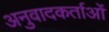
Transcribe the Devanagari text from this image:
अनुवादकर्ताओं